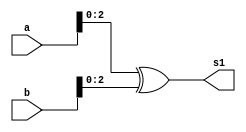
// ------------------------- 
// Exemplo0021 - FULL ADDER 
// Nome: Guilherme Andrade Salum Terra 
// ------------------------- 

// ------------------------- 
// full adder 
// ------------------------- 


// descrever por portas 

module xorGate (output [2:0] s1,
					 input [5:0] a,
					 input [5:0] b);
assign s1 = (a ^ b);
endmodule // xorGate

module andGate (output [2:0] s2,
					 input [5:0] a,
					 input [5:0] b);
assign s2 = (a & b);
endmodule // andGate

module test_fullAdder; 
// ------------------------- definir dados 
	reg [5:0] a; 
	reg [5:0] b; 
	wire [2:0] soma; 
	wire [2:0] carry;
	xorGate bonanza (soma, a, b);
	andGate danubio (carry, a, b);

// ------------------------- parte principal 
initial begin 
	$display("Exemplo0021 - Guilherme Terra - 427407"); 
	$display("Test ALU's full adder"); 

// projetar testes do somador complete 
	a = 6'b000000; b = 6'b000001;
	$display("\n%b + %b = %b%b", a, b, carry, soma);

end 

endmodule // test_fullAdder